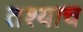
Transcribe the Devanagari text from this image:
तश्याच